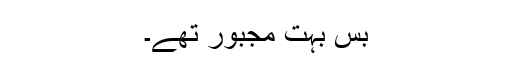
بس بہت مجبور تھے۔